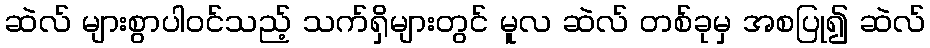
ဆဲလ် များစွာပါဝင်သည့် သက်ရှိများတွင် မူလ ဆဲလ် တစ်ခုမှ အစပြု၍ ဆဲလ်